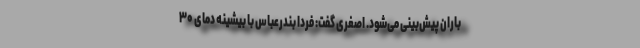
باران پیش‌بینی می‌شود. اصغری گفت: فردا بندرعباس با بیشینه دمای ۳۰